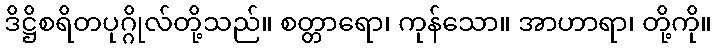
ဒိဋ္ဌိစရိတပုဂ္ဂိုလ်တို့သည်။ စတ္တာရော၊ ကုန်သော။ အာဟာရာ၊ တို့ကို။